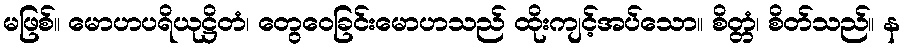
မဖြစ်။ မောဟပရိယုဋ္ဌိတံ၊ တွေဝေခြင်းမောဟသည် ထိုးကျင့်အပ်သော။ စိတ္တံ၊ စိတ်သည်။ န